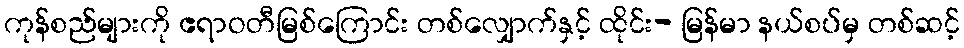
ကုန်စည်များကို ဧရာဝတီမြစ်ကြောင်း တစ်လျှောက်နှင့် ထိုင်း- မြန်မာ နယ်စပ်မှ တစ်ဆင့်